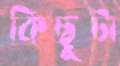
কিছুটা